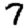
Digit: 7